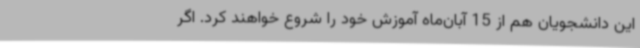
این دانشجویان هم از 15 آبان‌ماه آموزش خود را شروع خواهند کرد. اگر